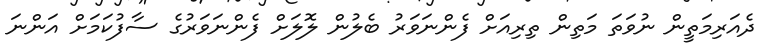
ދެއަރިމަތީން ނުވަތަ މަތިން ތިރިއަށް ފެންނަވަރު ބެލުން ލޮލަށް ފެންނަވަރުގެ ސާފުކަމަށް އަންނަ